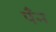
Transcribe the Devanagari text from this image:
पँन